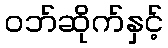
ဝဘ်ဆိုက်နှင့်